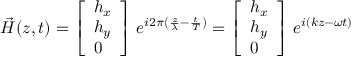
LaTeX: { \vec { H } } ( z , t ) = { \left[ \begin{array} { l } { h _ { x } } \\ { h _ { y } } \\ { 0 } \end{array} \right] } \; e ^ { i 2 \pi \left( { \frac { z } { \lambda } } - { \frac { t } { T } } \right) } = { \left[ \begin{array} { l } { h _ { x } } \\ { h _ { y } } \\ { 0 } \end{array} \right] } \; e ^ { i ( k z - \omega t ) }